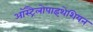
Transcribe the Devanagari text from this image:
ऑस्ट्रैलोपाइथेशियन